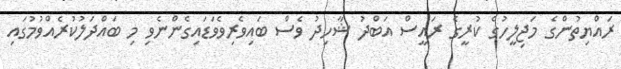
ރައްޔިތުންގެ މަޖިލީހުގެ ކުރީގެ ރައީސް އަބްދު ޝާހިދު ވެސް ބައިވެރިވެވަޑައިގެންނެވި މި ބައްދަލުކުރެއްވުމުގައި